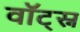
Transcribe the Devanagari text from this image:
वॉट्स्न